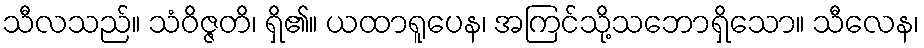
သီလသည်။ သံဝိဇ္ဇတိ၊ ရှိ၏။ ယထာရူပေန၊ အကြင်သို့သဘောရှိသော။ သီလေန၊